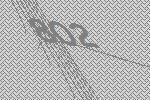
802